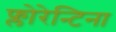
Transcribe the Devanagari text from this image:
फ्लोरेन्टिना